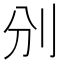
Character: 𠚼